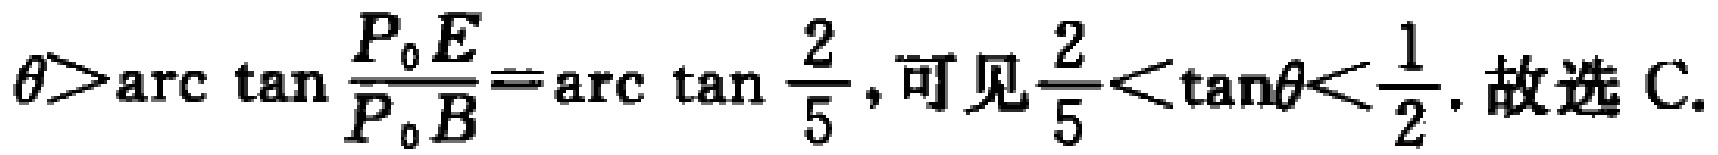
$\theta>\text{arc}\tan\frac{P_{0}E}{P_{0}B}=\text{arc}\tan\frac{2}{5},可见\frac{2}{5}<\tan\theta<\frac{1}{2}. 故选 \text{C}.$